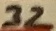
Text: 32